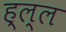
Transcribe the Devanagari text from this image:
ह्ल्ल